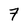
Character: 7